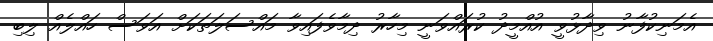
އެމަނިކުފާނު ވިދާޅުވީ އުއްމީދު ކުރައްވަނީ މިހާރު ދިމާވެފައިވާ މައްސަލަތަކަށް އަވަސް ހައްލެއް ލިބި